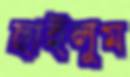
ছাইলুম